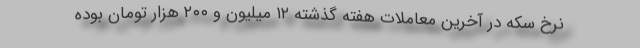
نرخ سکه در آخرین معاملات هفته گذشته ۱۲ میلیون و ۲۰۰ هزار تومان بوده